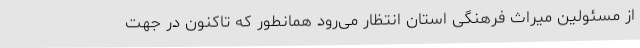
از مسئولین میراث فرهنگی استان انتظار می‌رود همانطور که تاکنون در جهت